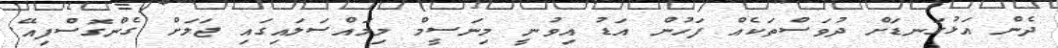
ދެން އަޅުގަނޑަށް ދުވަސްތަކެއް ފަހުން އަޑު އިވުނީ މިނަސީމް މިމައްސަލައިގައި ޖަލަށް ގެންގޮސްފިއޭ.